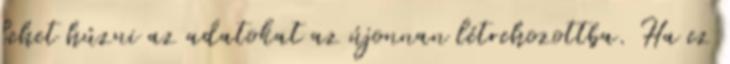
lehet húzni az adatokat az újonnan létrehozottba. Ha ez